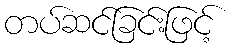
တပ်ဆင်ခြင်းဖြင့်